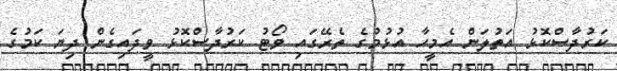
ކަރުދާސްކޮޅު އަތުލަން އެމީހާ އުޅުމުގެ ތެރޭގައި ވޯޓު ކަރުދާސްކޮޅު ވީދައިގެން ދިޔަ ކަމުގެ